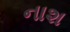
નાશ